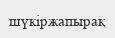
шүкіржапырақ